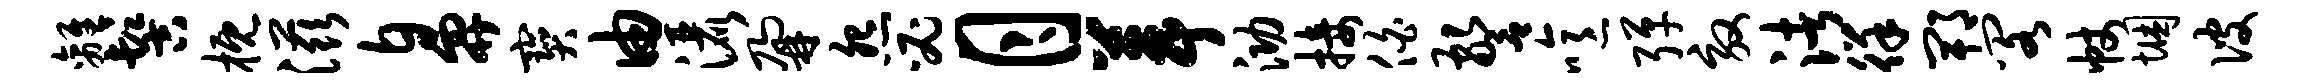
离髻概滋鼻宝由洒鼐怨必月葺泐接伯警噫弹效渚徉郫阁帐悃彼